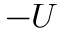
- U